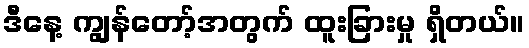
ဒီနေ့ ကျွန်တော့်အတွက် ထူးခြားမှု ရှိတယ်။